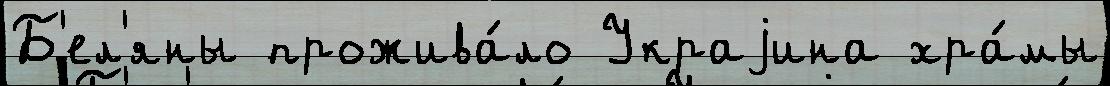
Б'ел'яны прожива́ло Украjина хра́мы